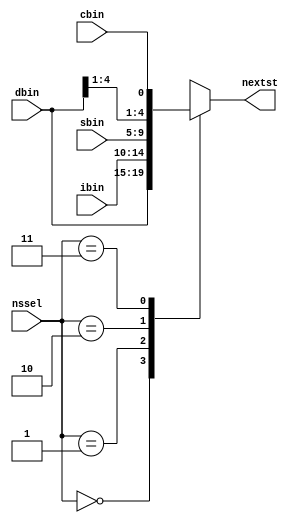
module nslogic (ibin, sbin, dbin, cbin, nssel, nextst);
input [4:0] ibin, sbin, dbin;	//ibin, sbin come from the decoder and dbin from the control word
input cbin;	//cbin comes from execution unit : true if alu output = 0
input [1:0] nssel;	//comes from the control word : next state selection control bits
output [4:0] nextst;	//next state output : computed by next state logic
reg [4:0] nextst;

always@(*)
case (nssel)
2 'b00: nextst = dbin; 	//selects as next state the direct branch address supplied by the control word 
2 'b01: nextst = ibin;	//selects as next state the ib output from the instruction decoder
2 'b10: nextst = sbin;	//selects as next state the sb output from the instruction decoder
2 'b11: nextst = {dbin[4:1], cbin};	//conditional branch on zero alu output : by bit stuffing
default: $display ("%m: undefined next state");
endcase
endmodule